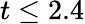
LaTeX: t\leq 2.4